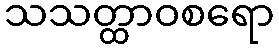
သသတ္ထာဝစရော